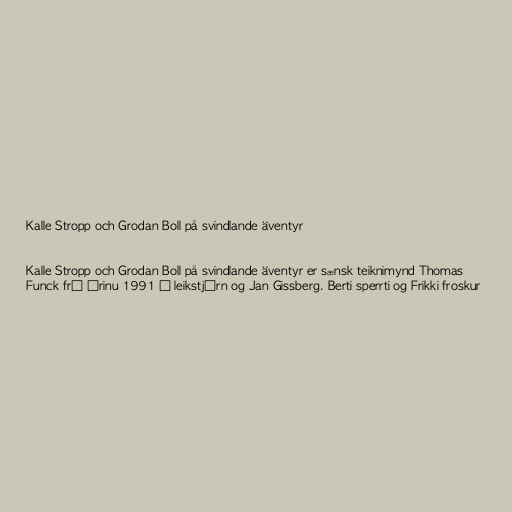
Kalle Stropp och Grodan Boll på svindlande äventyr

Kalle Stropp och Grodan Boll på svindlande äventyr er sænsk teiknimynd Thomas
Funck frá árinu 1991 í leikstjórn og Jan Gissberg. Berti sperrti og Frikki froskur